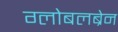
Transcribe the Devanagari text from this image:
ग्लोबलब्रेन